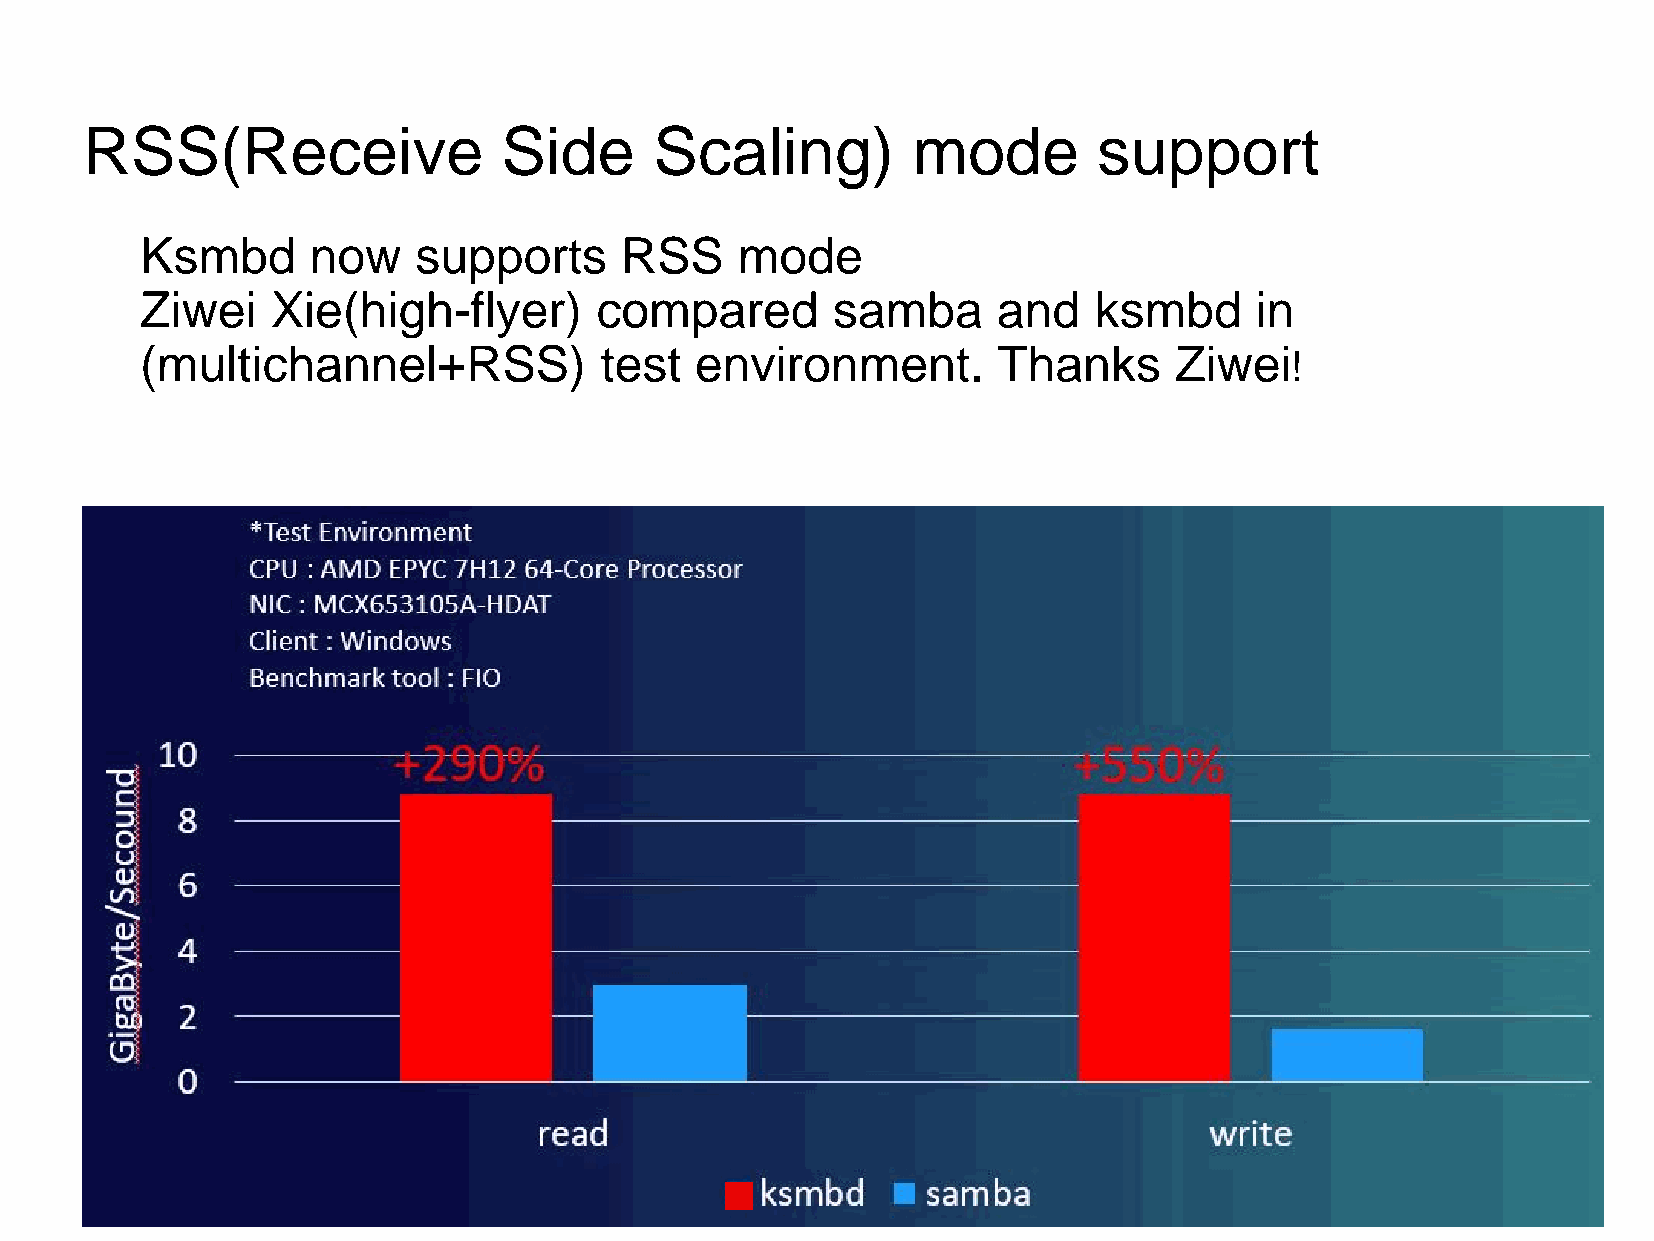
0B
 581G
 552R wolleY
 0B
 142G
 552R
 wolleY
 thgiL
 552B
 552G
 552R etihW
 RSS(Receive                 Side      Scaling)         mode         support
 1B
 95G
 612R egnarO
 0B
 041G
 552R
 egnarO
 thgiL
 032B
 032G
 032R
 yarG
 thgiL
 Ksmbd      now    supports      RSS     mode
 Ziwei    Xie(high-flyer)      compared        samba      and   ksmbd      in
 (multichannel+RSS)             test  environment.        Thanks      Ziwei
 !                        0B
 0G
 861R
 deR
 kraD
 53B
 71G
 232R deR
 012B
 012G
 012R yarG
 29B
 0G
 29R
 atnegaM
 kraD
 851B
 0G
 081R atnegaM
 041B
 0G
 722R
 atnegaM
 thgiL
 511B
 511G
 511R
 yarG
 diM
 09B
 02G
 05R
 elpruP
 kraD
 541B
 54G
 29R elpruP
 552B
 061G
 081R
 elpruP
 thgiL
 08B
 08G
 08R
 yarG
 kraD
 08B 23G
 0R
 eulB
 kraD
 341B 42G
 0R
 eulB
 diM
 512B 021G
 0R eulB
 242B 881G
 0R
 eulB
 thgiL
 0B 0G
 0R
 kcalB
 hciR
 08B
 57G
 0R
 laeT
 kraD
 411B
 031G
 0R laeT
 841B
 871G
 0R
 laeT
 thgiL
 82B
 57G
 0R
 neerG
 kraD
 61B
 421G
 61R neerG
 01B
 612G
 681R
 neerG
 thgiL